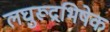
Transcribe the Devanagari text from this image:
लघुरूद्रभिषेक